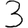
Digit: 3